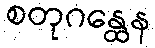
စတုဂန္ထေန